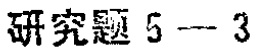
研究题 5 - 3